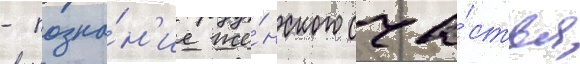
- позна́н'ие же́нского сча́стья